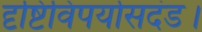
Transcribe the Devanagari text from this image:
दृष्टिविपर्यासदंड।